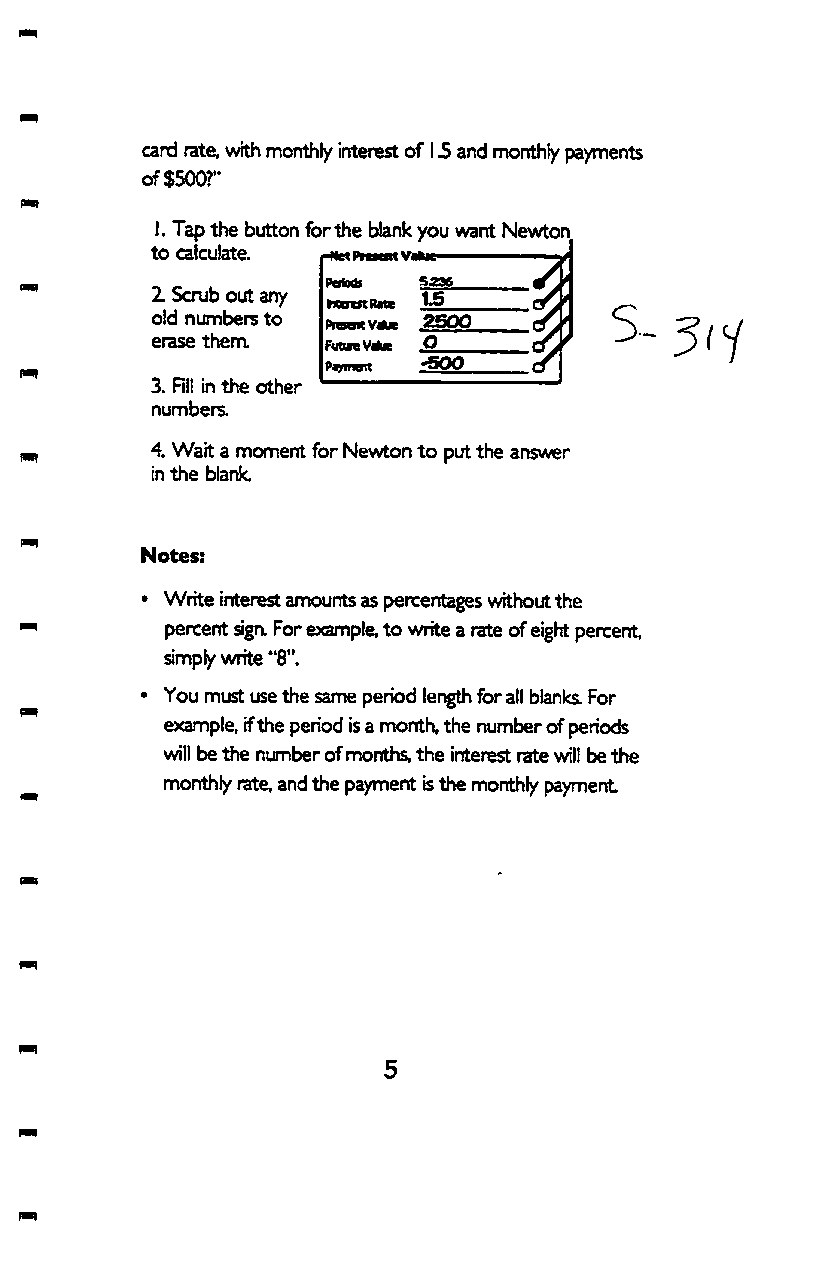
card rate, with monthly interest of 15 and nrranthly payments
 of $500?"
 I. Tap the button for the blank you want Newton
 to calculate
 Rotodf 5336
 2 Scaib out any
 hCxrcstRMC ^'5
 old numbers to Present V«je 2S00
 erase them. FutureV«lue O
 PtyiTwt *500
 3. HI! in the other
 numbers,
 4. Wart a moment for Newton to put the answer
 in the blank.
 Notes:
 • Write interest amounts as percentages without the
 percent siga For example, to write a rate of eight percent
 simply write "8".
 • You must use the same period length for all blanks For
 example, if the period is a month, the number of periods
 vAW be the number of months, the interest rate will be the
 monthly rate, and the paynront is the monthly payment
 P-l
 5